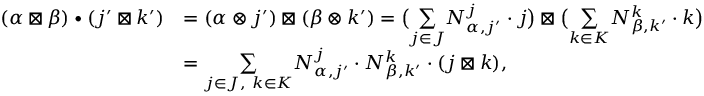
\begin{array} { r l } { ( \alpha \boxtimes \beta ) \bullet ( j ^ { \prime } \boxtimes k ^ { \prime } ) } & { = ( \alpha \otimes j ^ { \prime } ) \boxtimes ( \beta \otimes k ^ { \prime } ) = \big ( \underset { j \in J } { \sum } N _ { \alpha , j ^ { \prime } } ^ { j } \cdot j \big ) \boxtimes \big ( \underset { k \in K } { \sum } N _ { \beta , k ^ { \prime } } ^ { k } \cdot k \big ) } \\ & { = \underset { j \in J , \ k \in K } { \sum } N _ { \alpha , j ^ { \prime } } ^ { j } \cdot N _ { \beta , k ^ { \prime } } ^ { k } \cdot ( j \boxtimes k ) , } \end{array}